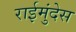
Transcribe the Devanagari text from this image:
राईमुंदेस